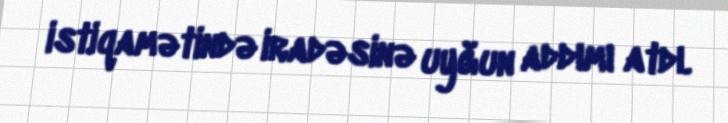
istiqamətində iradəsinə uyğun addımı atdı.